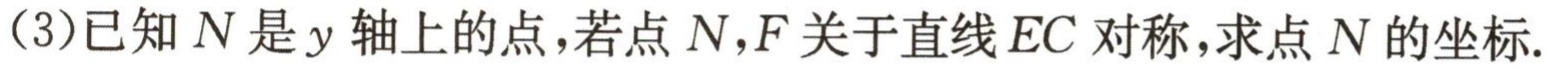
（3）已知\(N\)是\(y\)轴上的点，若点\(N,F\)关于直线\(EC\)对称，求点\(N\)的坐标.